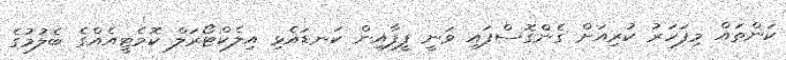
ކަންތައް މިފަހަރު ކުރިއަށް ގެންގޮސްފައި ވަނީ ފީފާއިން ކަނޑައެޅި އިލެކްޓޯރަލް ކޮމެޓީއެއްގެ ބެލުމުގެ